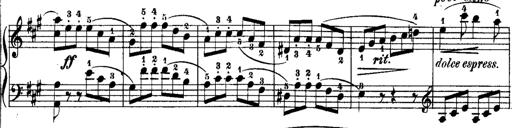
Title: Rondos and Sonatinas for Pianoforte
Composer: Daniel Steibelt